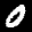
Label: 0